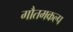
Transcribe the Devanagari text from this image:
गौतमकल्प